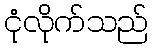
ငုံလိုက်သည်